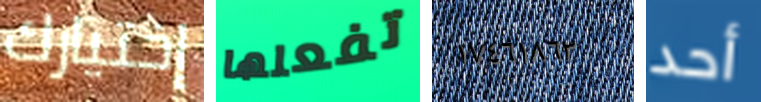
إختيارك تفعلها ١٧٤٦١٨٦٣ أحد